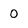
Character: O